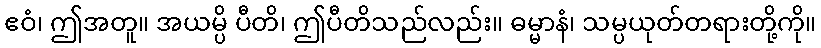
ဧဝံ၊ ဤအတူ။ အယမ္ပိ ပီတိ၊ ဤပီတိသည်လည်း။ ဓမ္မာနံ၊ သမ္ပယုတ်တရားတို့ကို။